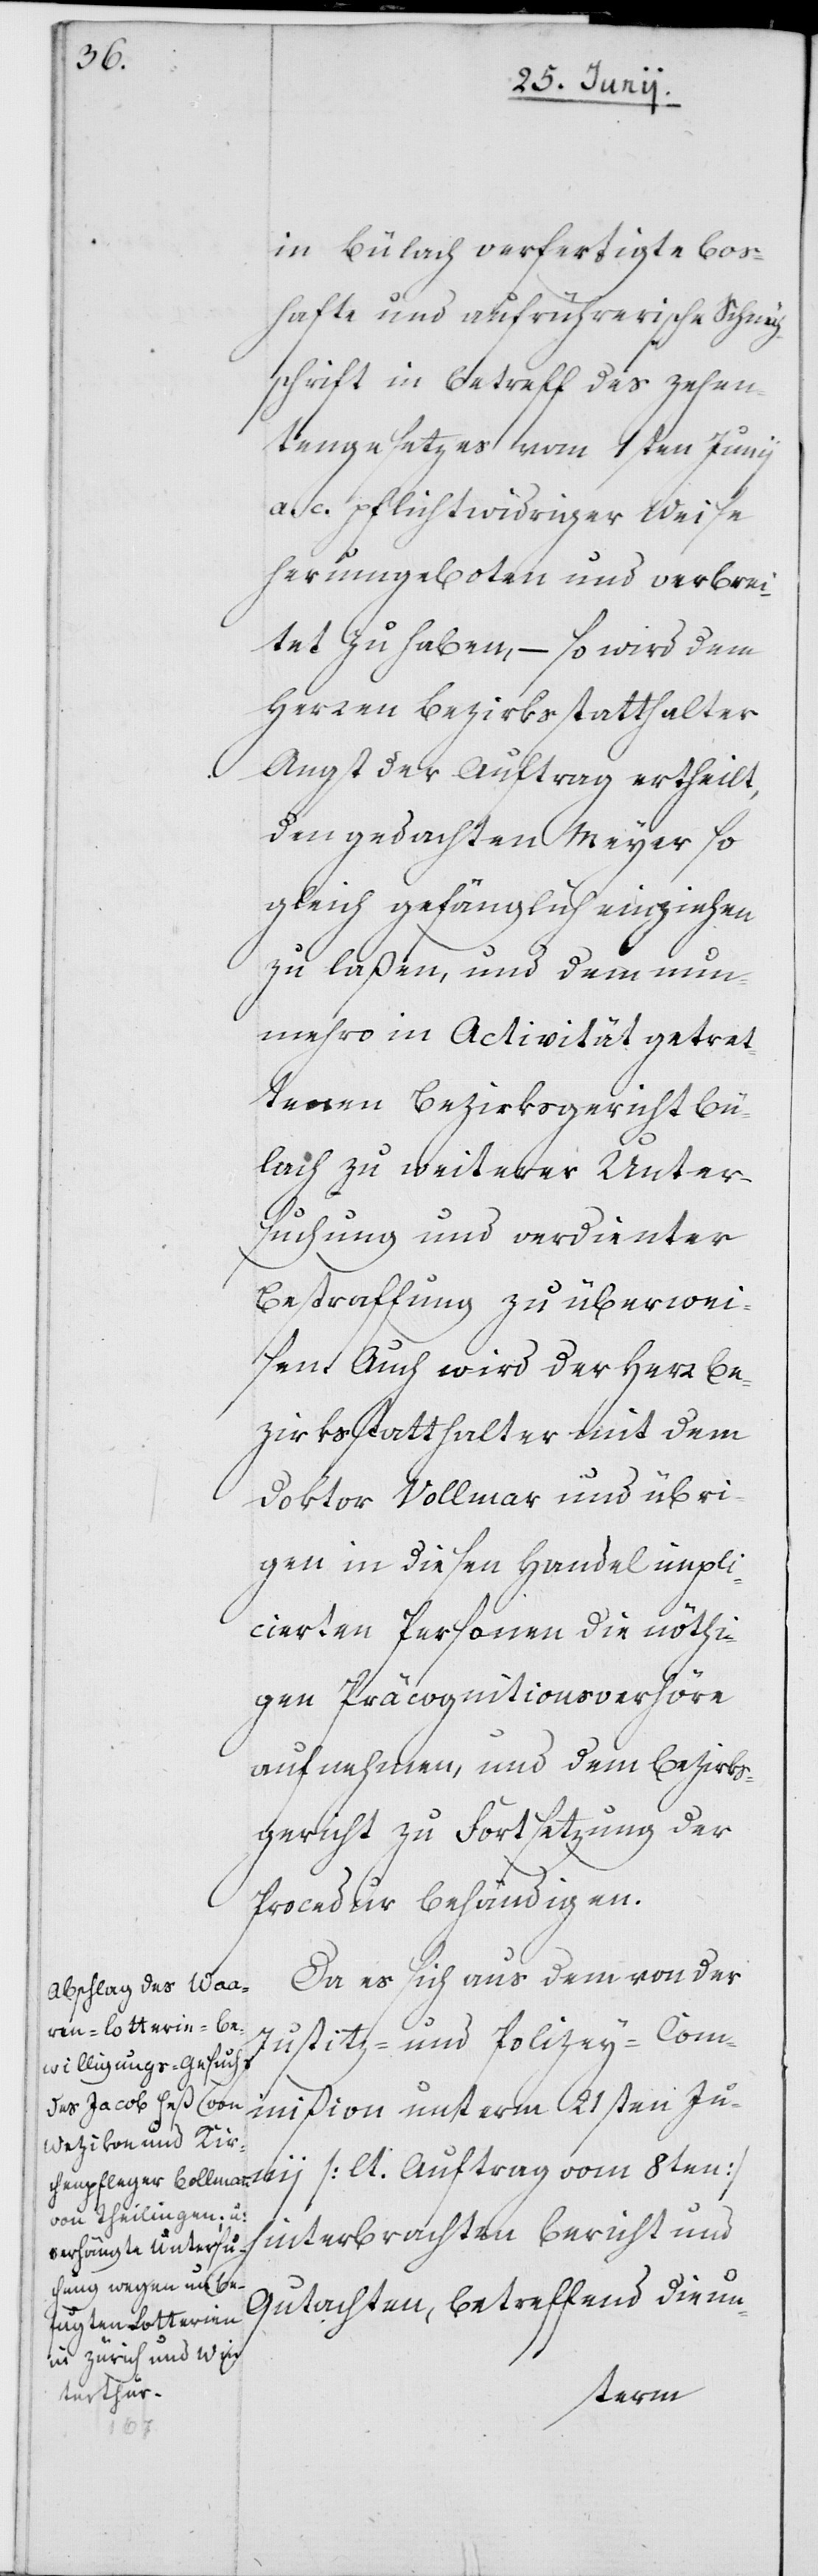
in Bülach verfertigte bos¬
hafte und aufrührerische Schmäh¬
schrift in Betreff des Zehen¬
tengesetzes vom 1sten Junii
a. c. pflichtwidriger Weise
herumgeboten und verbrei¬
tet zu haben, – so wird dem
Herren Bezirksstatthalter
Angst der Auftrag ertheilt,
den gedachten Meyer so
gleich gefänglich einziehen
zu laßen, und dem nun¬
mehro in Activität getret¬
tenen Bezirksgericht Bü¬
lach zu weiterer Unter¬
suchung und verdienter
Bestraffung zu überwei¬
sen. Auch wird der Herr Be¬
zirksstatthalter mit dem
Doctor Vollmar und übri¬
gen in diesen Handel impli¬
cierten Personen die nöthi¬
gen Präcognitionsverhöre
aufnehmen, und dem Bezirks¬
gericht zu Fortsetzung der
Procedur behändigen.
Da es sich aus dem von der
Justitz- und Polizey-Com¬
mißion unterm 21sten Ju¬
nii [lt. Auftrag vom 8ten]
hinterbrachten Bericht und
Gutachten, betreffend die un-